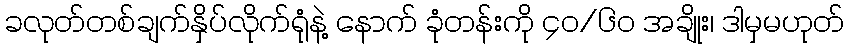
ခလုတ်တစ်ချက်နှိပ်လိုက်ရုံနဲ့ နောက် ခုံတန်းကို ၄ဝ/၆ဝ အချိုး၊ ဒါမှမဟုတ်